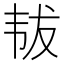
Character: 韨